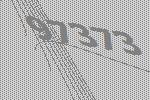
97373